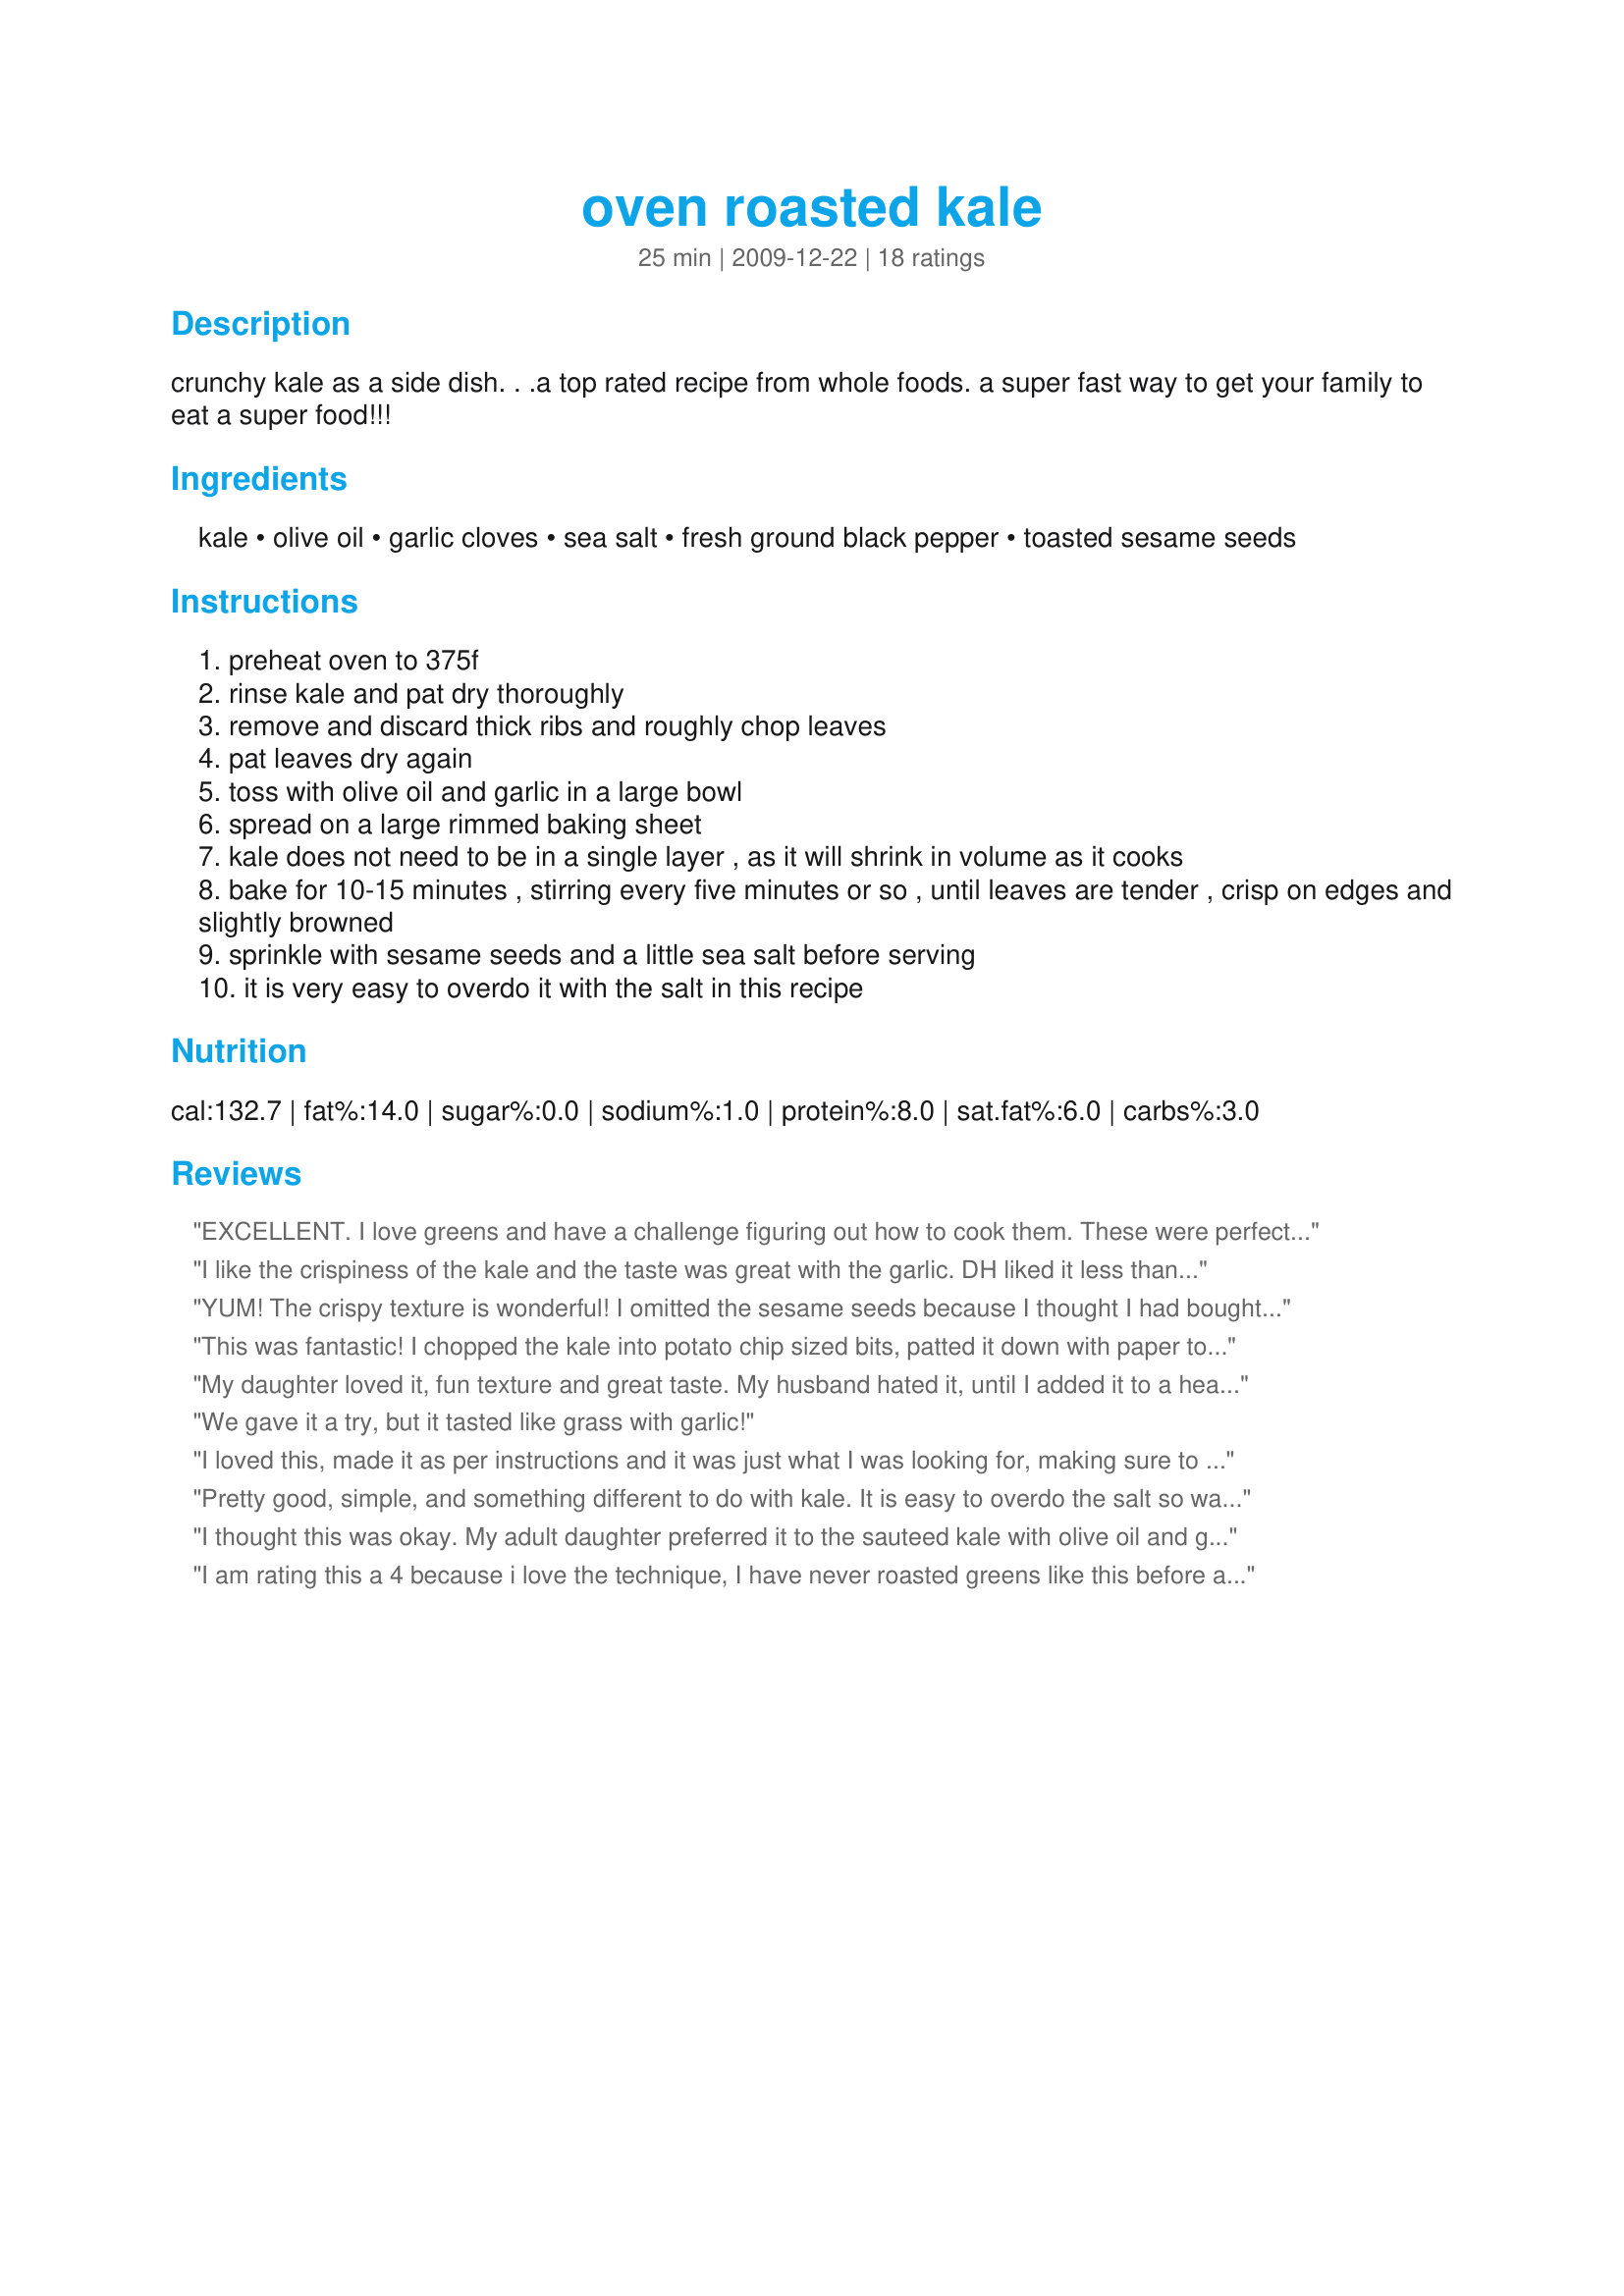
oven roasted kale
Preparation time: 25 minutes

crunchy kale as a side dish. . .a top rated recipe from whole foods. a super fast way to get your family to eat a super food!!!

Ingredients:
kale, olive oil, garlic cloves, sea salt, fresh ground black pepper, toasted sesame seeds

Steps:
preheat oven to 375f
rinse kale and pat dry thoroughly
remove and discard thick ribs and roughly chop leaves
pat leaves dry again
toss with olive oil and garlic in a large bowl
spread on a large rimmed baking sheet
kale does not need to be in a single layer , as it will shrink in volume as it cooks
bake for 10-15 minutes , stirring every five minutes or so , until leaves are tender , crisp on edges and slightly browned
sprinkle with sesame seeds and a little sea salt before serving
it is very easy to overdo it with the salt in this recipe

Reviews:
EXCELLENT. I love greens and have a challenge figuring out how to cook them. These were perfect and surprisingly crispy. It is REALLY easy to over do the salt so go easy. I omitted the sesame seeds as I don't like them and added extra garlic, was delish!! Would be great as a healthy snack as well. Thanks for posting.
I like the crispiness of the kale and the taste was great with the garlic. DH liked it less than me. Thanks JanuaryBride :) Made for Name that ingredient tag game
YUM! The crispy texture is wonderful! I omitted the sesame seeds because I thought I had bought some but couldn't find them. I've already made this twice because it is so EASY, delicious, and nutritious. Thanks for posting a different way to prepare one of the healthiest foods on the planet. Made for Veg*n Swap, July 2010.
This was fantastic! I chopped the kale into potato chip sized bits, patted it down with paper towels, tossed it in olive oil, and then lightly garlic salted it. Next time I will use way less olive oil and garlic salt--it's easy to overdo these two!<br/><br/>I don't have a rimmed baking sheet, but it wasn't a problem. I baked the kale at at 350 for about 7 minutes without stirring. My husband, who did not expect to like this at all, loved it.<br/><br/>Thanks for posting!
My daughter loved it, fun texture and great taste. My husband hated it, until I added it to a hearty soup, then he loved it. Great way to use such a vitamin packed vegi by changing the texture. Thanks, Laura
We gave it a try, but it tasted like grass with garlic!
I loved this, made it as per instructions and it was just what I was looking for, making sure to cut off all the thick veins is important and it helps if you like kale which I do
Pretty good, simple, and something different to do with kale. It is easy to overdo the salt so watch out. Thanks for sharing the recipe!
I thought this was okay. My adult daughter preferred it to the sauteed kale with olive oil and garlic I usually make, but she ate very little . My husband hated it, and ate one bite. I only cooked one bunch and found it very time consuming washing and drying it all. I would suggest you wash and cut the kale in advance and let it air dry. My gallon size bag was not sufficient for mixing the greens with the olive oil. I would use a large pot next time. I omitted the salt.
I am rating this a 4 because i love the technique, I have never roasted greens like this before and I absolutely love the texture, however I have also never had kale before and i am not so fond of it, to me it was very bitter and I just didn't love the flavor, I did keep munching though because I loved the salty crispness, I do love some other greens and will be experimenting with them. Thanks for a great idea!
Utterly stupendous way to make kale! Love it! I like to eat kale steamed most of the time or with a little olive oil and spices, this was a different and fun way to eat it because the texture really changes. Cutting the ribs off is a must, I left a few on and they were tougher to chew through. I used black sesame seeds for a nice exotic flavor, and since I am watching salt intake I skipped using salt during the bag-n-shake step and just put on a light sprinkling of kosher salt before I popped it in the oven, all I needed was about 15 minutes. Will definitely make over and over! Made belatedly for our VIP in Veggie Swap 24!
Great way to make kale!
Loved this! Like eating chips! Very healthy. The seeds on it are a must. I did cut out the salt. Thanks!
This was nice for a night time snack! Watch out for the salt. I did not measure but mine was a little too salty. I will add a much smaller amount next time. My 12 year old even enjoyed it and I was surprised it got so crispy so quickly! I will definitely be making these again! Thanks for taking the trouble to submit this recipe:)
Really great. I learned from Whole Foods that kale has an ANDI (Aggregate Nutrition Density Index) of 1000, its top rating. So I tried this recipe and it was fantastic. I cut off all the ribs, including those on the inside. This is only my second time cooking kale, so I wasn't sure how far I needed to go. I added sea salt for excellent results. Will be making kale like this all the time now. Thanks!
Yummy
Not rating it because kale is just not for us!
Awesome veggie recipe! Love it! This is not only save-your-life cookin' -- it's delish! Thanks, JB! Made for Veggie Swap.
